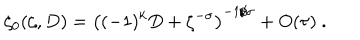
LaTeX: \zeta _ { 0 } ( \zeta , D ) = \left( ( - 1 ) ^ { k } D + \zeta ^ { - \sigma } \right) ^ { - 1 / \sigma } + O ( \tau ) \ .